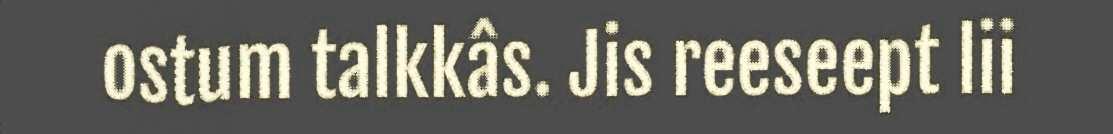
ostum talkkâs. Jis reeseept lii